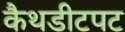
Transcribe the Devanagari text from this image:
कैथडीटपट